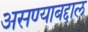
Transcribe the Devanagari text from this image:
असण्याबद्दाल